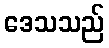
ဒေသသည်